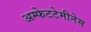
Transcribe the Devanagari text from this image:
अम्फेटटेमीनेस